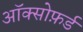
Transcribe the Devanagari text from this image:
ऑक्सोफ़र्ड